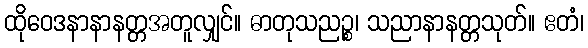
ထိုဝေဒနာနာနတ္တအတူလျှင်။ ဓာတုသညဉ္စ၊ သညာနာနတ္တသုတ်။ ဧတံ၊